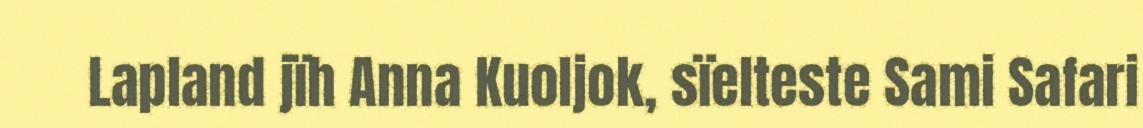
Lapland jïh Anna Kuoljok, sïelteste Sami Safari